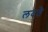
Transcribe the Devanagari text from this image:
लदते